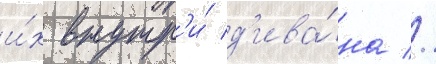
и́х внутр'и́ д'ива́на //